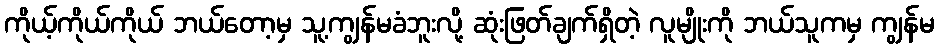
ကိုယ့်ကိုယ်ကိုယ် ဘယ်တော့မှ သူ့ကျွန်မခံဘူးလို့ ဆုံးဖြတ်ချက်ရှိတဲ့ လူမျိုးကို ဘယ်သူကမှ ကျွန်မ